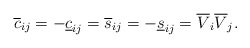
\begin{align*} \overline c_{ij} = -\underline c_{ij}= \overline s_{ij} = -\underline s_{ij}= \overline V_i \overline V_j.\end{align*}